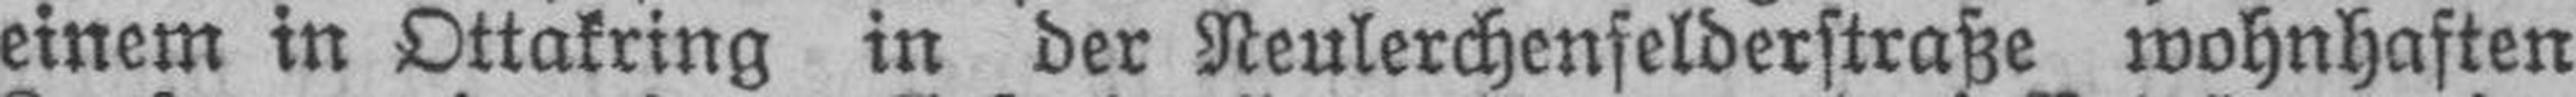
einem in Ottakring in der Neulerchenfelderstraße wohnhaften